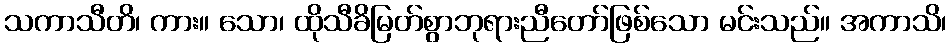
သကာသီတိ၊ ကား။ သော၊ ထိုသီခိမြတ်စွာဘုရားညီတော်ဖြစ်သော မင်းသည်။ အကာသိ၊